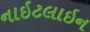
નાઇટલાઇન